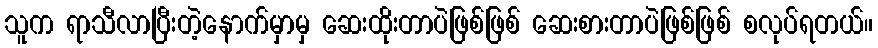
သူက ရာသီလာပြီးတဲ့နောက်မှာမှ ဆေးထိုးတာပဲဖြစ်ဖြစ် ဆေးစားတာပဲဖြစ်ဖြစ် စလုပ်ရတယ်။